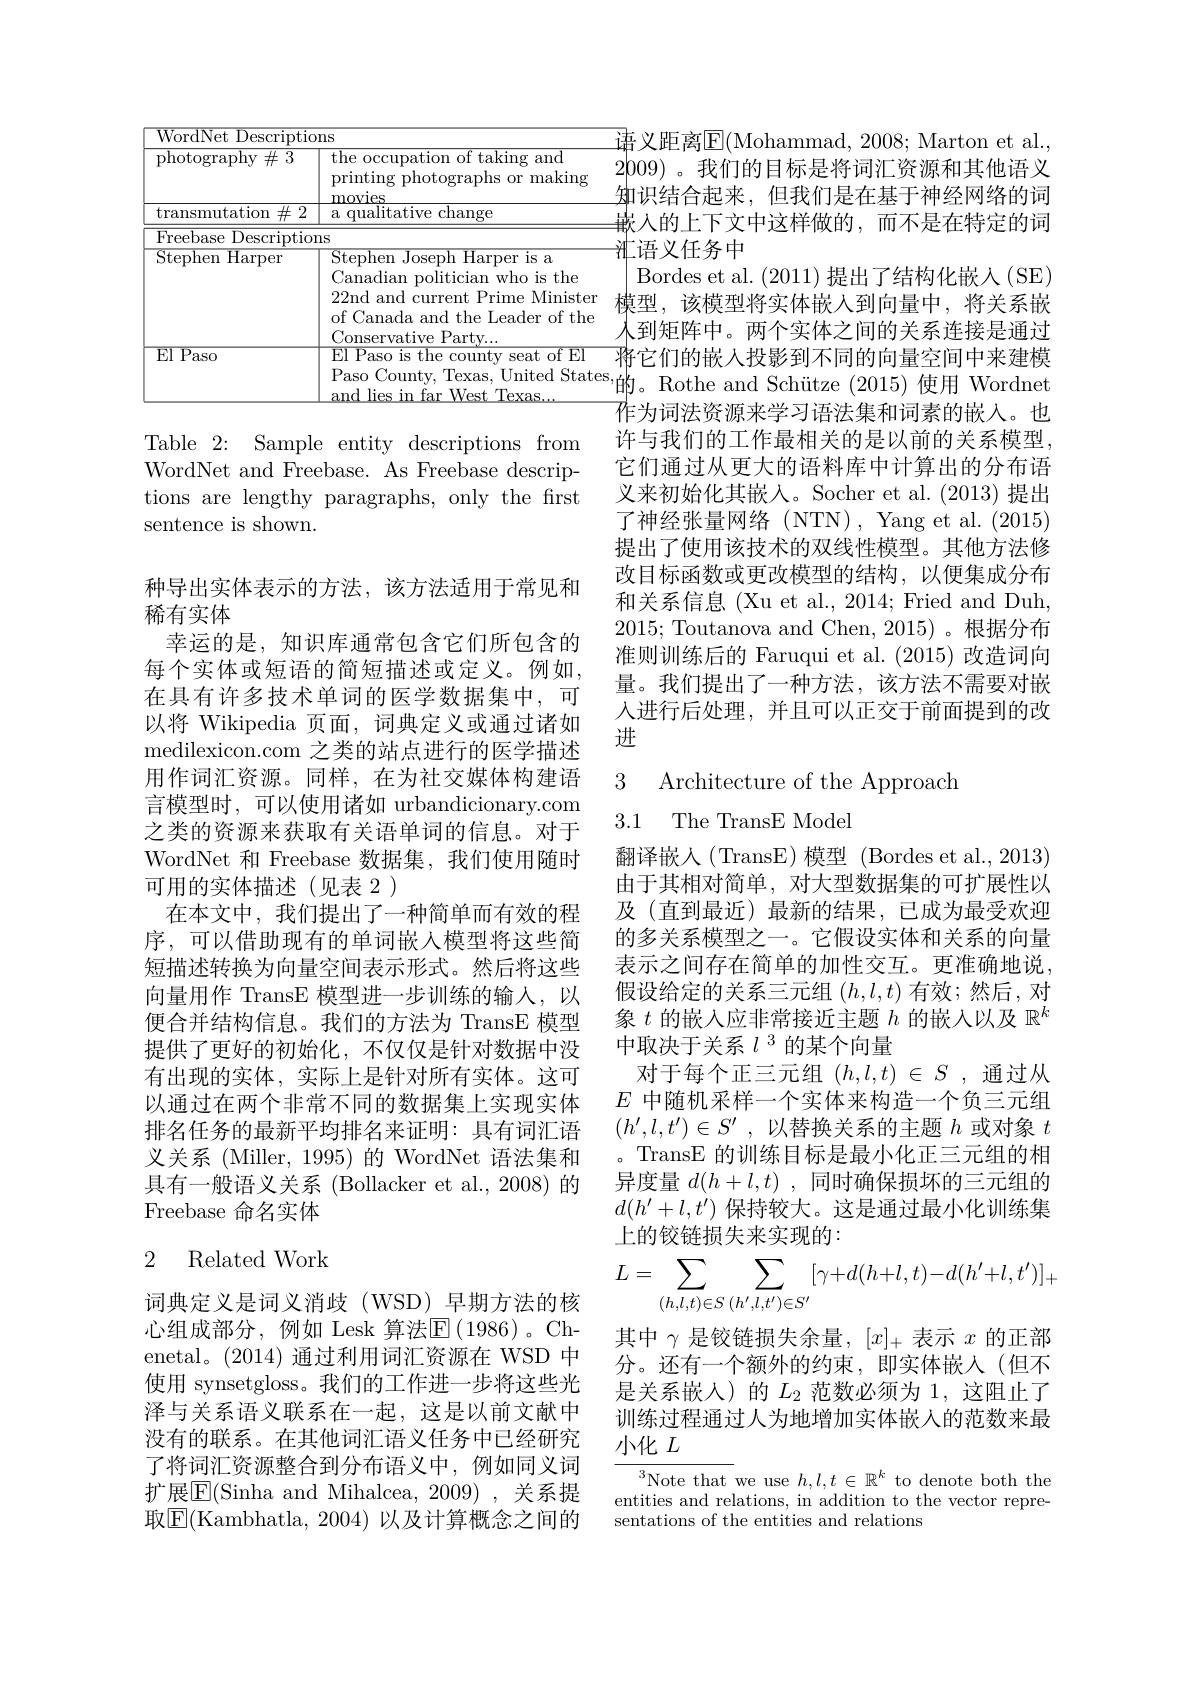
北语义任务中
<table>
	<tbody>
		<tr>
			<td>WordNet Descriptio</td>
			<td>$1S$</td>
		</tr>
		<tr>
			<td>photography$\#3$</td>
			<td>the occupation of taking and printing photographs or making movies</td>
		</tr>
		<tr>
			<td>$\mathop{\mathrm{transmutation}}\#2$</td>
			<td>a qualitative change</td>
		</tr>
		<tr>
			<td>Freebase Descriptio</td>
			<td>$lS$</td>
		</tr>
		<tr>
			<td>L $\operatorname{Stephen}$ ${\mathrm{Harper}}$</td>
			<td>Stephen Joseph Harper is a Canadian politician who is the 22nd and current Prime Minister of Canada and the Leader of the $\Upsilon_{\mathrm{onservative~Part}}$</td>
		</tr>
		<tr>
			<td>$\operatorname{El}\operatorname{Paso}$</td>
			<td>El Paso is the county seat of El Paso County, Texas, United State and lies in far West Texas.</td>
		</tr>
	</tbody>
</table>

Table 2: Sample entity descriptions from WordNet and Freebase. As Freebase descriptions are lengthy paragraphs, only the first sentence is shown.

种导出实体表示的方法，该方法适用于常见和
稀有实体
幸运的是，知识库通常包含它们所包含的每个实体或短语的简短描述或定义。例如， 在具有许多技术单词的医学数据集中，可以将 Wikipedia 页面，词典定义或通过诸如medilexicon. com之类的站点进行的医学描述用作词汇资源。同样，在为社交媒体构建语言模型时，可以使用诸如 urbandicionary.com 之类的资源来获取有关语单词的信息。对于WordNet 和 Freebase 数据集，我们使用随时可用的实体描述(见表 2)
在本文中，我们提出了一种简单而有效的程序，可以借助现有的单词嵌入模型将这些简短描述转换为向量空间表示形式。然后将这些向量用作 TransE 模型进一步训练的输入，以便合并结构信息。我们的方法为 TransE 模型提供了更好的初始化，不仅仅是针对数据中没有出现的实体，实际上是针对所有实体。这可以通过在两个非常不同的数据集上实现实体排名任务的最新平均排名来证明：具有词汇语义关系 (Miller, 1995) 的 WordNet 语法集和具有一般语义关系 (Bollacker et al., 2008) 的Freebase 命名实体

### 2 Related Work

词典定义是词义消歧(WSD)早期方法的核心组成部分，例如 Lesk 算法$\operatorname{E}(1986)$。Chenetal。(2014)通过利用词汇资源在 WSD 中使用 synsetgloss。我们的工作进一步将这些光泽与关系语义联系在一起，这是以前文献中没有的联系。在其他词汇语义任务中已经研究了将词汇资源整合到分布语义中，例如同义词扩展$\mathbb{E}($Sinha and Mihalcea, 2009) , 关系提取$\boxed{\mathrm{F}}($Kambhatla, 2004) 以及计算概念之间的

$\overline{\text{语义距离}\mathbb{E}}($Mohammad, 2008; Marton et al., 2009)。我们的目标是将词汇资源和其他语义${\text{知识结合起来，但我们是在基于神经网络的词}}$ ${\text{ 最入的上下文中这样做的，而不是在特定的词}}$ Bordes et al. (2011)提出了结构化嵌人 (SE)
模型，该模型将实体嵌入到向量中，将关系嵌人到矩阵中。两个实体之间的关系连接是通过将 它 们 的 嵌 入 投 影 到 不 同 的 向 量 空 间 中 来 建 模 的。Rothe and Schütze (2015) 使用 Wordnet 7作为词法资源来学习语法集和词素的嵌入。也许与我们的工作最相关的是以前的关系模型， 它们通过从更大的语料库中计算出的分布语义来初始化其嵌入。Socher et al.(2013)提出了神经张量网络(NTN), Yang et al. (2015) 提出了使用该技术的双线性模型。其他方法修改目标函数或更改模型的结构，以便集成分布和关系信息 (Xu et al., 2014; Fried and Duh, 2015; Toutanova and Chen, 2015)。根据分布准则训练后的 Faruqui et al. (2015)改造词向量。我们提出了一种方法，该方法不需要对嵌人进行后处理，并且可以正交于前面提到的改进

### 3 Architecture of the Approach 3.1 The TransE Model

翻译嵌入(TransE)模型(Bordes et al., 2013) 由于其相对简单，对大型数据集的可扩展性以及(直到最近)最新的结果，已成为最受欢迎的多关系模型之一。它假设实体和关系的向量表示之间存在简单的加性交互。更准确地说假设给定的关系三元组$(h,l,t)$有效；然后，对象$t$的嵌入应非常接近主题$h$的嵌入以及$\mathbb{R}^k$ 中取决于关系$l^{3}$的某个向量
对于每个正三元组($h,l,t)\in S$,通过从$E$中随机采样一个实体来构造一个负三元组$( h^{\prime }, l, t^{\prime }) \in S^{\prime }$ ,以替换关系的主题$h$或对象$t$ 。TransE 的训练目标是最小化正三元组的相异度量$d( h+ l, t)$ ,同时确保损坏的三元组的$d(h^{\prime}+l,t^{\prime})$保持较大。这是通过最小化训练集上的铰链损失来实现的：
$$L=\sum_{(h,l,t)\in S}\sum_{(h',l,t')\in S'}[\gamma+d(h+l,t)-d(h'+l,t')]_{+}$$
其中$\gamma$是铰链损失余量，$[x]_+$表示$x$的正部分。还有一个额外的约束，即实体嵌入(但不是关系嵌入)的$L_2$范数必须为 1,这阻止了训练过程通过人为地增加实体嵌入的范数来最小化$L$

$\begin{array}{c}^{3}\text{Note that we use }h,l,t\in\mathbb{R}^k\text{ to denote both the}\\\text{entities and relations, in addition to the vector repre-}\end{array}$
sentations of the entities and relations